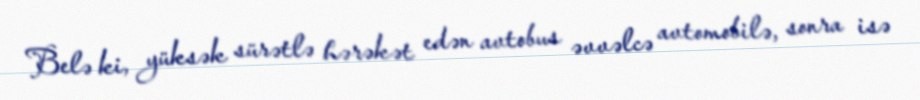
Belə ki, yüksək sürətlə hərəkət edən avtobus əvvəlcə avtomobilə, sonra isə